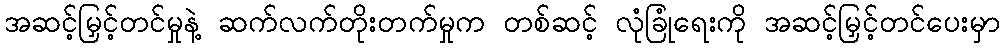
အဆင့်မြှင့်တင်မှုနဲ့ ဆက်လက်တိုးတက်မှုက တစ်ဆင့် လုံခြုံရေးကို အဆင့်မြှင့်တင်ပေးမှာ